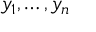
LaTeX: y _ { 1 } , \ldots , y _ { n }